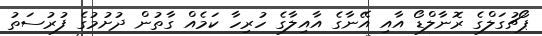
ޕޯޗުގަލްގެ ރޮނާލްޑޯ އާއި އޭނާގެ އާއިލާގެ ހުރިހާ ކަމެއް ގާތުން ދުށުމުގެ ފުރުސަތު